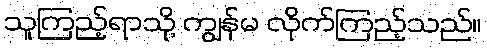
သူကြည့်ရာသို့ ကျွန်မ လိုက်ကြည့်သည်။